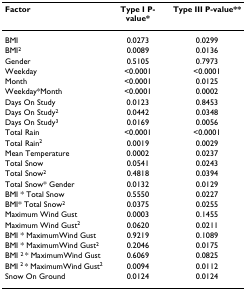
| Factor | Type I P-value* | Type III P-value** |
 | --- | --- | --- |
 | BMI | 0.0273 | 0.0299 |
 | BMI2 | 0.0089 | 0.0136 |
 | Gender | 0.5105 | 0.7973 |
 | Weekday | <0.0001 | <0.0001 |
 | Month | <0.0001 | 0.0125 |
 | Weekday*Month | <0.0001 | 0.0002 |
 | Days On Study | 0.0123 | 0.8453 |
 | Days On Study2 | 0.0442 | 0.0348 |
 | Days On Study3 | 0.0169 | 0.0056 |
 | Total Rain | <0.0001 | <0.0001 |
 | Total Rain2 | 0.0019 | 0.0029 |
 | Mean Temperature | 0.0002 | 0.0237 |
 | Total Snow | 0.0541 | 0.0243 |
 | Total Snow2 | 0.4818 | 0.0394 |
 | Total Snow* Gender | 0.0132 | 0.0129 |
 | BMI * Total Snow | 0.5550 | 0.0227 |
 | BMI* Total Snow2 | 0.0375 | 0.0255 |
 | Maximum Wind Gust | 0.0003 | 0.1455 |
 | Maximum Wind Gust2 | 0.0620 | 0.0211 |
 | BMI * MaximumWind Gust | 0.9219 | 0.1089 |
 | BMI * MaximumWind Gust2 | 0.2046 | 0.0175 |
 | BMI 2 * MaximumWind Gust | 0.6069 | 0.0825 |
 | BMI 2 * MaximumWind Gust2 | 0.0094 | 0.0112 |
 | Snow On Ground | 0.0124 | 0.0124 |